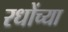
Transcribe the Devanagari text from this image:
रधोंच्या